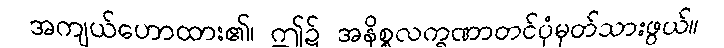
အကျယ်ဟောထား၏၊ ဤ၌ အနိစ္စလက္ခဏာတင်ပုံမှတ်သားဖွယ်။